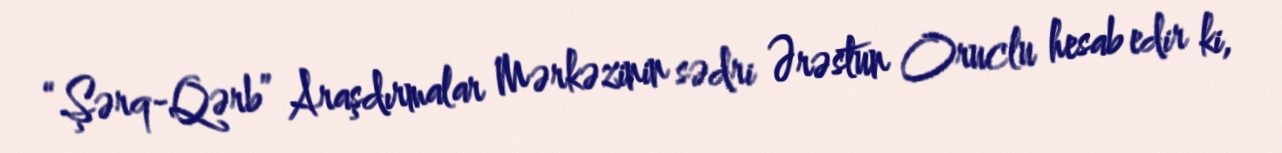
“Şərq-Qərb” Araşdırmalar Mərkəzinin sədri Ərəstun Oruclu hesab edir ki,